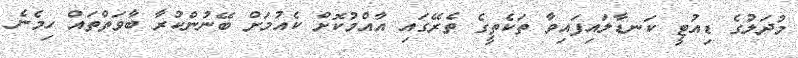
މުދަލުގެ ޑިއުޓީ ކަނޑާލައިފައިވާ ތަކެތީގެ ތެރޭގައި އާއްމުކޮށް ކެއުމަށް ބޭނުންކުރާ ބާވަތްތައް ހިމެނެ